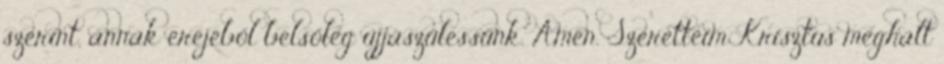
szerint, annak erejéből belsőleg újjászülessünk. Amen. Szeretteim Krisztus meghalt